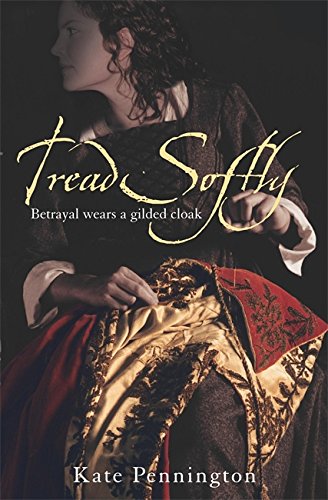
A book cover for Tread Softly; Kate Pennington; Teen & Young Adult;